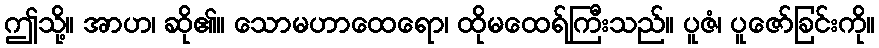
ဤသို့။ အာဟ၊ ဆို၏။ သောမဟာထေရော၊ ထိုမထေရ်ကြီးသည်။ ပူဇံ၊ ပူဇော်ခြင်းကို။